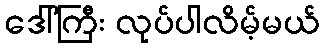
ဒေါ်ကြီး လုပ်ပါလိမ့်မယ်